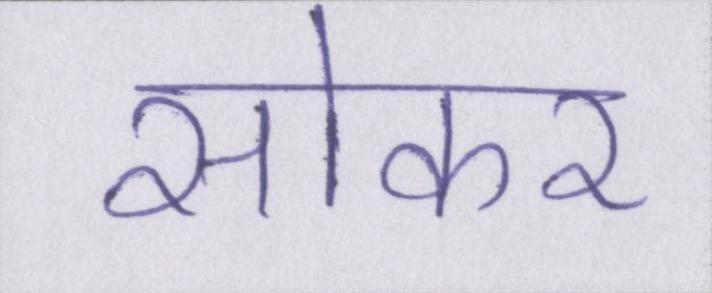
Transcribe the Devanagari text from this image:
सोकर